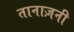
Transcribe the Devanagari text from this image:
तानाज़नी